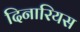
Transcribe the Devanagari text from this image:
दिनारियस